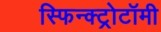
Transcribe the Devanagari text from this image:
स्फिन्क्ट्रोटॉमी